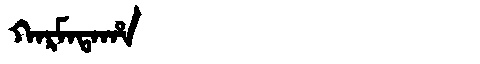
Manchu: ᡴᠠᡵᠮᠠᡨᠠᡥᠠ
Romanization: KARMATAHA